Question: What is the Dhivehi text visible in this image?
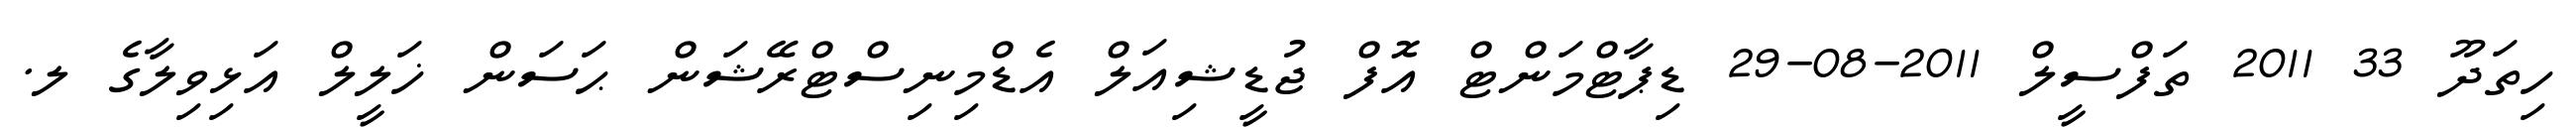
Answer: ހިތަދޫ 33 2011 ތަފްސީލް 2011-08-29 ޑިޕާޓްމަންޓް އޮފް ޖުޑީޝިއަލް އެޑްމިނިސްޓްރޭޝަން ޙަސަން ޚަލީލް އަޅިވިލާގެ ލ.